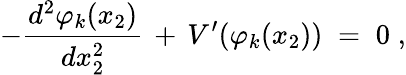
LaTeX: -\frac{d^{2}\varphi_{k}(x_{2})}{dx_{2}^{2}}\, +\, V^{\prime}(\varphi_{k}(x_{2}))\; =\; 0\; ,